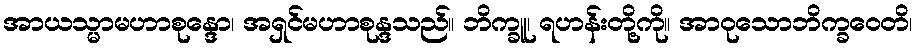
အာယသ္မာမဟာစုန္ဒော၊ အရှင်မဟာစုန္ဒသည်။ ဘိက္ခူ၊ ရဟန်းတို့ကို။ အာဝုသောဘိက္ခဝေတိ၊